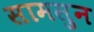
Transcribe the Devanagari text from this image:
सामसुन